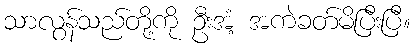
သာလွန်သည်တို့ကို ဦးအံ့ အကဲခတ်မိပြီးပြီ။